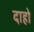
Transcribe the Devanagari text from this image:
दाहो